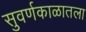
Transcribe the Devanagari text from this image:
सुवर्णकाळातला